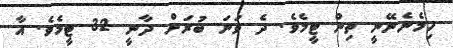
ހިމެނެނޭނީ ތިން ޓީމެވެ. ދެ ވަނަ ބުރަށް ދާނީ 32 ޓީމެވެ. އާ